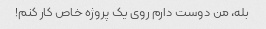
بله، من دوست دارم روی یک پروژه خاص کار کنم!